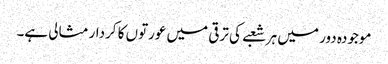
موجودہ دور میں ہر شعبے کی ترقی میں عورتوں کا کردار مثالی ہے۔